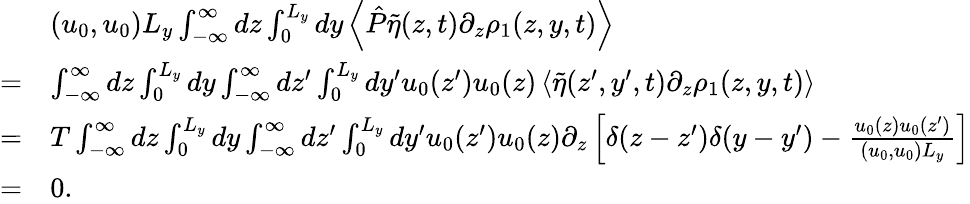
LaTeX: \begin{array}{rl}&{(u_{0},u_{0})L_{y}\int_{-\infty}^{\infty}dz\int_{0}^{L_{y}}dy\left\langle\hat{P}\tilde{\eta}(z,t)\partial_{z}\rho_{1}(z,y,t)\right\rangle}\\ {=}&{\int_{-\infty}^{\infty}dz\int_{0}^{L_{y}}dy\int_{-\infty}^{\infty}dz^{\prime}\int_{0}^{L_{y}}dy^{\prime}u_{0}(z^{\prime})u_{0}(z)\left\langle\tilde{\eta}(z^{\prime},y^{\prime},t)\partial_{z}\rho_{1}(z,y,t)\right\rangle}\\ {=}&{T\int_{-\infty}^{\infty}dz\int_{0}^{L_{y}}dy\int_{-\infty}^{\infty}dz^{\prime}\int_{0}^{L_{y}}dy^{\prime}u_{0}(z^{\prime})u_{0}(z)\partial_{z}\left[\delta(z-z^{\prime})\delta(y-y^{\prime})-\frac{u_{0}(z)u_{0}(z^{\prime})}{(u_{0},u_{0})L_{y}}\right]}\\ {=}&{0.}\end{array}